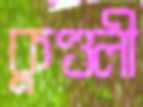
কুণ্ডলী